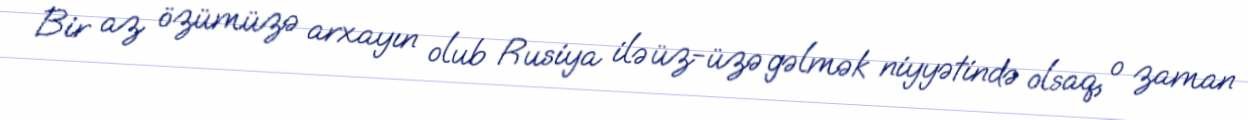
Bir az özümüzə arxayın olub Rusiya ilə üz-üzə gəlmək niyyətində olsaq, o zaman